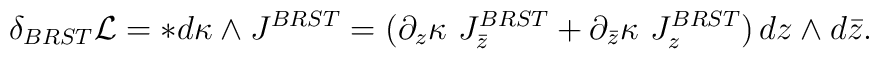
\delta_{BRST}{\cal L}=*d\kappa\wedge J^{BRST}=(\partial_z\kappa \,\,J_{\bar z}^{BRST}+\partial_{\bar z}\kappa \,\,J_z^{BRST})\, dz\wedge d \bar z.